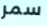
سمر